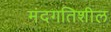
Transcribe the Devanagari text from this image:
मंदगतिशील